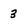
Character: 3